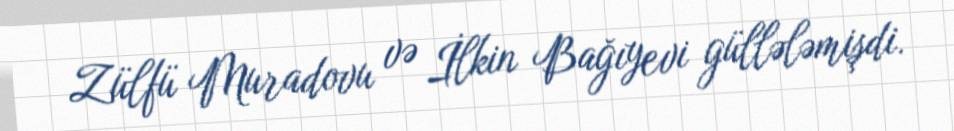
Zülfü Muradovu və İlkin Bağıyevi güllələmişdi.